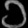
Digit: ၁